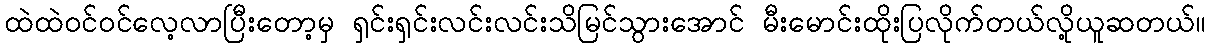
ထဲထဲဝင်ဝင်လေ့လာပြီးတော့မှ ရှင်းရှင်းလင်းလင်းသိမြင်သွားအောင် မီးမောင်းထိုးပြလိုက်တယ်လို့ယူဆတယ်။